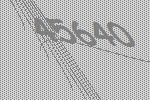
45640